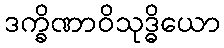
ဒက္ခိဏာဝိသုဒ္ဓိယော